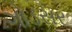
ગોડસર